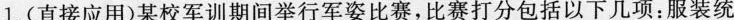
1.(直接应用)某校军训期间举行军姿比赛，比赛打分包括以下几项：服装统